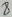
Text: 3